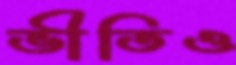
ভীতিও